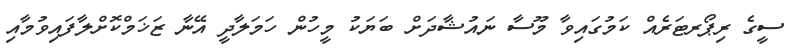
ސީގެ ރިޕޯރޓަރެއް ކަމުގައިވާ މޫސާ ނައުޝާދަށް ބަޔަކު މީހުން ހަމަލާދީ އޭނާ ޒަޚަމްކޮށްލާފައިވުމާއި